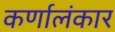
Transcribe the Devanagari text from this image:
कर्णालंकार